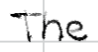
Text: The
Cross-out: clean
Writing tool: digital_black